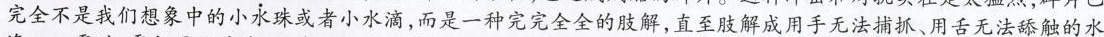
完全不是我们想象中的小水珠或者小水滴，而是一种完完全全的肢解，直至肢解成用手无法捕抓、用舌无法舔触的水